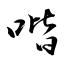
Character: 喈